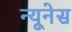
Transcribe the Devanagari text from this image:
न्यूनेस